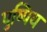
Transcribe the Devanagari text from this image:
पुष्पिय